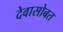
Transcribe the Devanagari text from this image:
देवासोबत